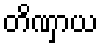
တိဏှာယ